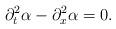
LaTeX: \begin{align*}\partial_{t}^2 \alpha -\partial_{x}^2 \alpha=0.\end{align*}